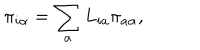
\pi _ { i \alpha } = \sum _ { a } L _ { i a } \pi _ { a \alpha } ,